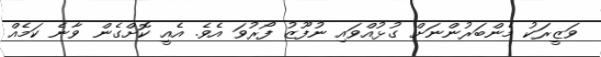
ވަޒީރަކު މެންބަރުންނަށް ގުޅުއްވައި ނުފޫޒު ފޯރުވަ އެވެ. އެއީ ކޮށްގެން ވާނެ ކަމެއް